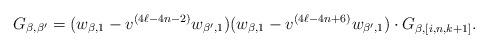
LaTeX: \begin{align*} G_{\beta,\beta'}=(w_{\beta,1}-v^{(4\ell-4n-2)}w_{\beta',1})(w_{\beta,1}-v^{(4\ell-4n+6)}w_{\beta',1})\cdot G_{\beta,[i,n,k+1]}.\end{align*}